Insane asylums in Bengal annual reports 1876-1887 - 1876-1887
Year: 1876
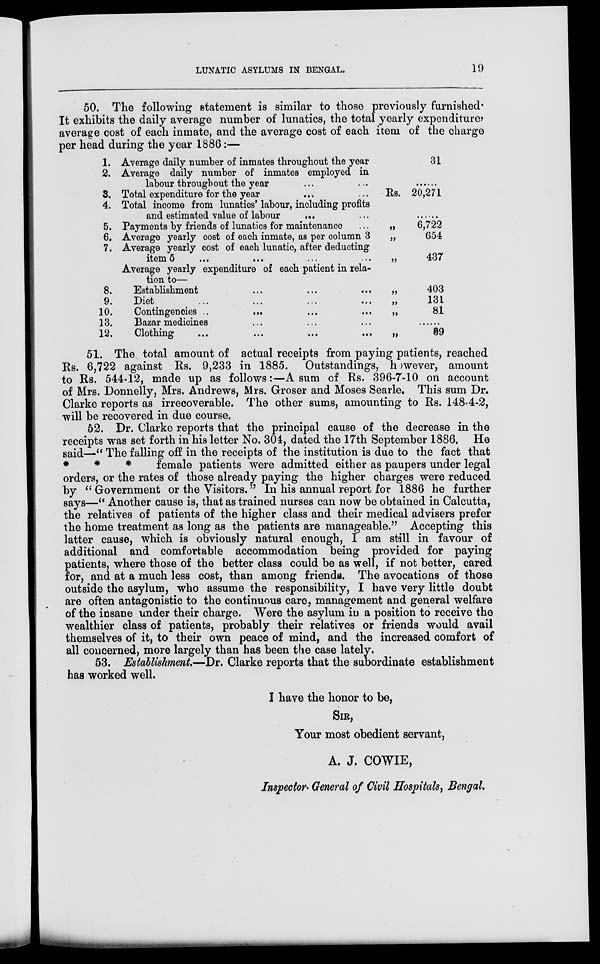
LUNATIC ASYLUMS IN BENGAL.
19
50. The following statement is similar to those previously furnished.
It exhibits the daily average number of lunatics, the total yearly expenditure,
average cost of each inmate, and the average cost of each item of the charge
per head during the year 1886:—
1.
2.
3.
4.
5.
6.
7.
Average daily number of inmates throughout the year
Average daily number of inmates employed in
labour throughout the year ... ...
Total expenditure for the year ... ...
Total income from lunatics' labour, including profits
and estimated value of labour
... ...
Payments by friends of lunatics for maintenance
Average yearly cost of each inmate, as per column 3
Average yearly cost of each lunatic, after deducting
item 5
... ... ... ...
Average yearly expenditure of each patient in rela-
tion to—
8.
9.
10.
13.
12.
Establishment ... ... ...
Diet ... ... ... ...
Contingencies ... ... ... ...
Bazar medicines ... ... ...
Clothing
...
...
...
...
Rs.
„
„
„
„
„
„
„
31
......
20,271
......
6,722
654
437
403
131
81
......
99
51. The total amount of actual receipts from paying patients, reached
Rs. 6,722 against Rs. 9,233 in 1885. Outstandings, however, amount
to Rs. 544-12, made up as follows:—A sum of Rs. 396-7-10 on account
of Mrs. Donnelly, Mrs. Andrews, Mrs. Groser and Moses Searle. This sum Dr.
Clarke reports as irrecoverable. The other sums, amounting to Rs. 148-4-2,
will be recovered in due course.
52. Dr. Clarke reports that the principal cause of the decrease in the
receipts was set forth in his letter No. 304, dated the 17th September 1886. He
said—" The falling off in the receipts of the institution is due to the fact that
*
*
*
female patients were admitted either as paupers under legal
orders, or the rates of those already paying the higher charges were reduced
by " Government or the Visitors." In his annual report for 1886 he further
says—" Another cause is, that as trained nurses can now be obtained in Calcutta,
the relatives of patients of the higher class and their medical advisers prefer
the home treatment as long as the patients are manageable." Accepting this
latter cause, which is obviously natural enough, I am still in favour of
additional and comfortable accommodation being provided for paying
patients, where those of the better class could be as well, if not better, cared
for, and at a much less cost, than among friends. The avocations of those
outside the asylum, who assume the responsibility, I have very little doubt
are often antagonistic to the continuous care, management and general welfare
of the insane under their charge. Were the asylum in a position to receive the
wealthier class of patients, probably their relatives or friends would avail
themselves of it, to their own peace of mind, and the increased comfort of
all concerned, more largely than has been the case lately.
53. Establishment—Dr. Clarke reports that the subordinate establishment
has worked well.
I have the honor to be,
SIR,
Your most obedient servant,
A. J. COWIE,
Inspector. General of Civil Hospitals, Bengal.